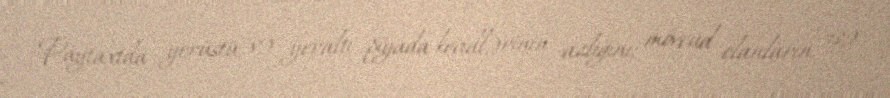
Paytaxtda yerüstü və yeraltı piyada keçidlərinin azlığını, mövcud olanların isə